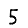
Digit: 5